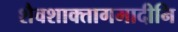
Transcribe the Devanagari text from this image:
शैवशाक्तागमादीनि